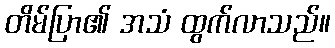
တိမ်ပြာ၏ အသံ ထွက်လာသည်။